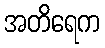
အတိရေက